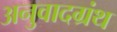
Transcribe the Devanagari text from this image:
अनुवादग्रंथ